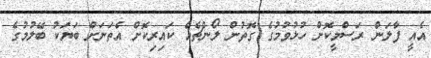
އެއީ ފާލަން ރަސްމީކޮށް ހުޅުވުމުގެ ގޮތުން ލޯންޗެއް ކައިރިކޮށް އެތަނަށް ބަޔަކު ބޭލުމުގެ